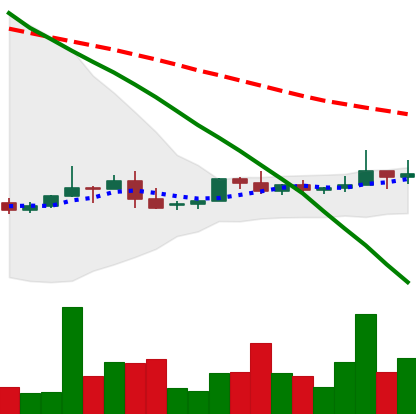
Ticker: NEO-USD
Chart end date: 2022-06-08
Forward return: -18.518%
Label: down_7plus